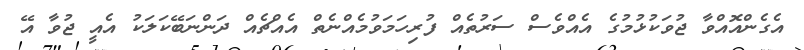
އެގެންއޮއްވާ ޖުވަކުޅުމުގެ އެއްވެސް ސަރުތެއް ފުރިހަމަވުމެއްނެތް އެއްޗެއް ދަންނަބޭކަލަކު އެއީ ޖުވާ އޭ